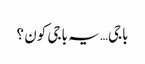
باجی… یہ باجی کون ؟